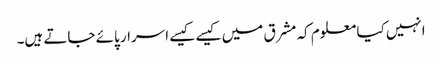
انہیں کیا معلوم کہ مشرق میں کیسے کیسے اسرار پائے جاتے ہیں۔